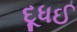
દૂધઈ